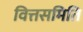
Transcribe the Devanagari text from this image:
वित्तसमिति